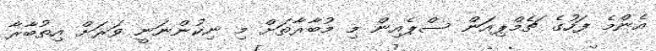
އެންމެ ފަހުގެ ޗެމްޕިއަން ސްޕެއިން މި މުބާރާތަށް މި ނިކުންނަނީ ވަރަށް އިތުބާރާ